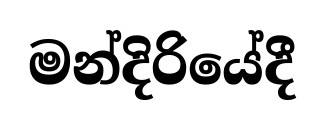
මන්දිරියේදී